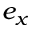
e _ { x }